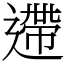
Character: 遰